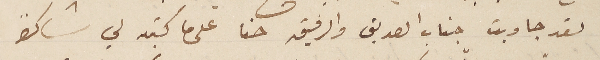
لقد جاوبت جناب الصديق والرفيق حنا على ما كتبه لي شاكراً